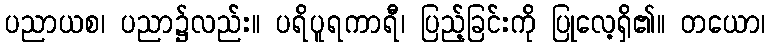
ပညာယစ၊ ပညာ၌လည်း။ ပရိပူရကာရီ၊ ပြည့်ခြင်းကို ပြုလေ့ရှိ၏။ တယော၊